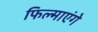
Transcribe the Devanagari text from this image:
फिल्माएंगे